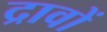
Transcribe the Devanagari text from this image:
द्रावों